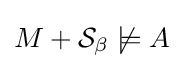
M+{{\mathcal {S}}_{\beta }}\not \models A